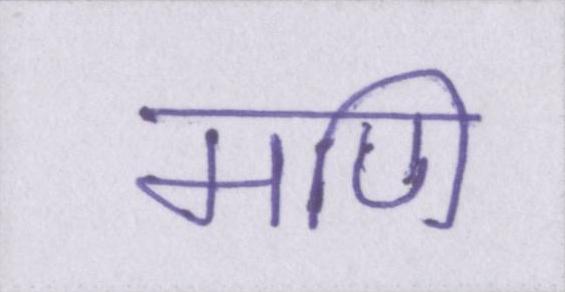
मणि